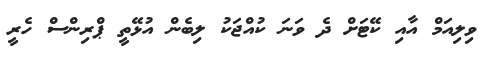
ވިލިއަމް އާއި ކޭޓަށް ދެ ވަނަ ކުއްޖަކު ލިބެން އުޅޭތީ ޕްރިންސް ހެރީ